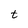
Character: t